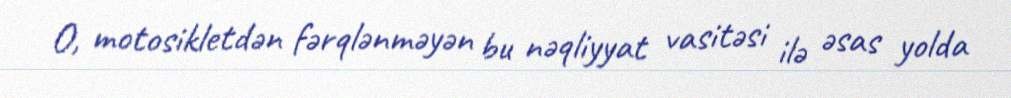
O, motosikletdən fərqlənməyən bu nəqliyyat vasitəsi ilə əsas yolda